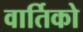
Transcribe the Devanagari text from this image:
वार्तिको